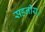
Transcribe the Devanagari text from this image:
सहनीय।